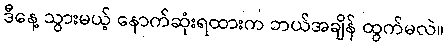
ဒီနေ့ သွားမယ့် နောက်ဆုံးရထားက ဘယ်အချိန် ထွက်မလဲ။